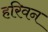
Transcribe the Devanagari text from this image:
हरिवन